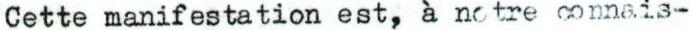
Cette manifestation est, a notre connais-